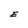
Character: E